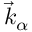
\vec { k } _ { \alpha }